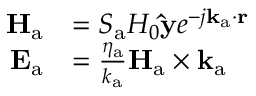
\begin{array} { r l } { \mathbf { H } _ { \mathrm { a } } } & { = S _ { \mathrm { a } } H _ { 0 } \mathbf { \hat { y } } e ^ { - j \mathbf { k } _ { \mathrm { a } } \cdot \mathbf { r } } } \\ { \mathbf { E } _ { \mathrm { a } } } & { = \frac { \eta _ { \mathrm { a } } } { k _ { \mathrm { a } } } \mathbf { H } _ { \mathrm { a } } \times \mathbf { k } _ { \mathrm { a } } } \end{array}